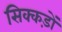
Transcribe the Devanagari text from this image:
सिक्कड़ों